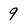
Character: 9